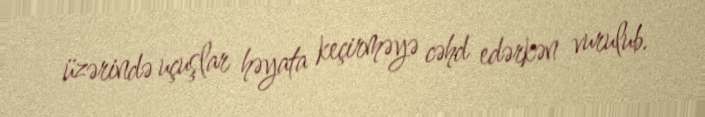
üzərində uçuşlar həyata keçirməyə cəhd edərkən vurulub.